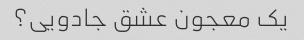
یک معجون عشق جادویی؟